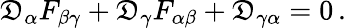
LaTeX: \mathfrak{D}_{\alpha}F_{\beta\gamma}+\mathfrak{D}_{\gamma}F_{\alpha\beta}+\mathfrak{D}_{\gamma\alpha}=0\, .